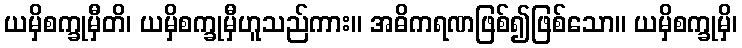
ယမှိစက္ခုမှီတိ၊ ယမှိစက္ခုမှီဟူသည်ကား။ အဓိကရဏဖြစ်၍ဖြစ်သော။ ယမှိစက္ခုမှိ၊